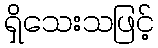
ရှိသေးသဖြင့်